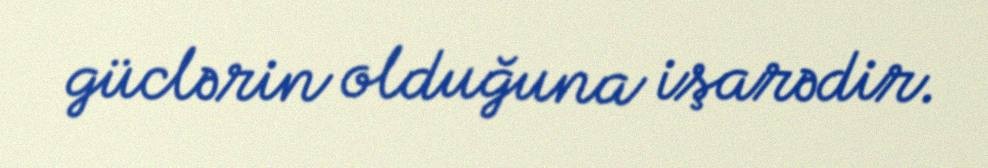
güclərin olduğuna işarədir.